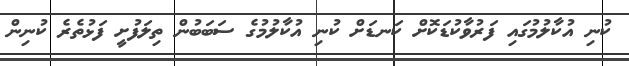
ކުނި އުކާލުމުގައި ފަރުވާކުޑަކޮށް ކަނޑަށް ކުނި އުކާލުމުގެ ސަބަބުން ތިލަފުށީ ފަޅުތެރެ ކުނިން